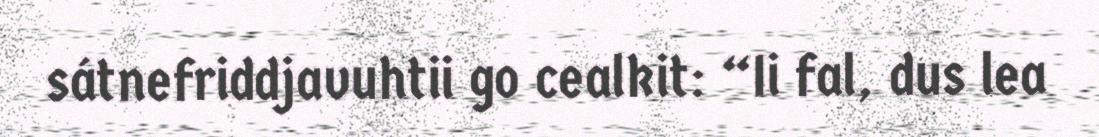
sátnefriddjavuhtii go cealkit: “Ii fal, dus lea